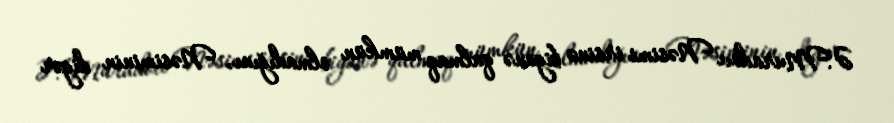
Ə.Muradov Nəsimi irsinə biganə qalmaq mümkün olmadığını, Nəsiminin digər